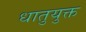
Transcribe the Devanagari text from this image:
धातुयुक्त